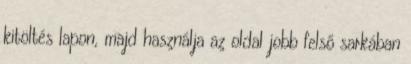
kitöltés lapon, majd használja az oldal jobb felső sarkában